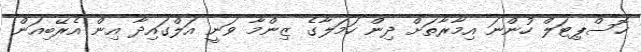
ހޮސްޕިޓަލް ހުންނަ އިމާރާތަށް ދިން ހަމަލާގެ ޒިންމާ ވަނީ އަލްގައިދާ އިން އެރޭބިއަން